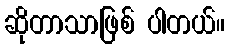
ဆိုတာသာဖြစ် ပါတယ်။